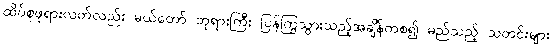
ထိပ်စုဖုရားလတ်လည်း မယ်တော် ဘုရားကြီး ပြန်ကြွသွားသည့်အချိန်ကစ၍ မည်သည့် သတင်းများ